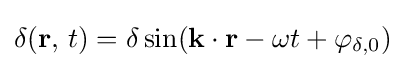
\delta (\mathbf {r} ,\,t)=\delta \sin(\mathbf {k} \cdot \mathbf {r} -\omega t+\varphi _{\delta ,0})